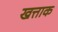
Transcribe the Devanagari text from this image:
खत्ताक